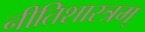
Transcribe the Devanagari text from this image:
नीतिशास्त्रम्‌